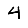
Digit: 4